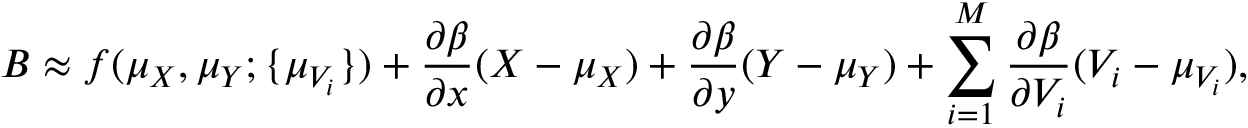
B \approx f ( \mu _ { X } , \mu _ { Y } ; \{ \mu _ { V _ { i } } \} ) + \frac { \partial \beta } { \partial x } ( X - \mu _ { X } ) + \frac { \partial \beta } { \partial y } ( Y - \mu _ { Y } ) + \sum _ { i = 1 } ^ { M } \frac { \partial \beta } { \partial V _ { i } } ( V _ { i } - \mu _ { V _ { i } } ) ,